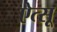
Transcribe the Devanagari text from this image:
ऐत्सू